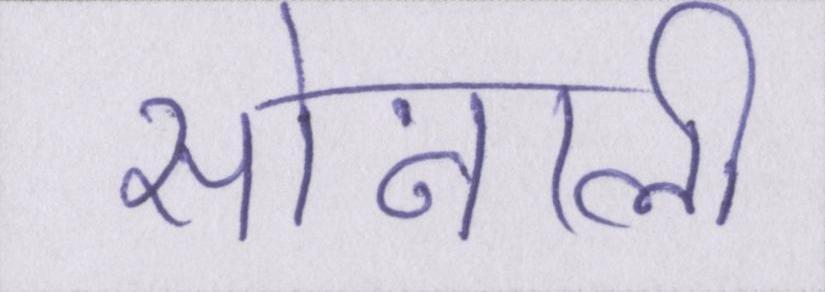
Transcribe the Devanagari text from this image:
सोनाली